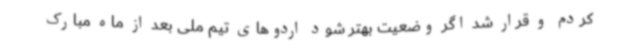
کردم و قرار شد اگر وضعیت بهتر شود اردوهای تیم ملی بعد از ماه مبارک